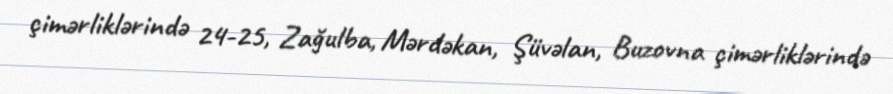
çimərliklərində 24-25, Zağulba, Mərdəkan, Şüvəlan, Buzovna çimərliklərində